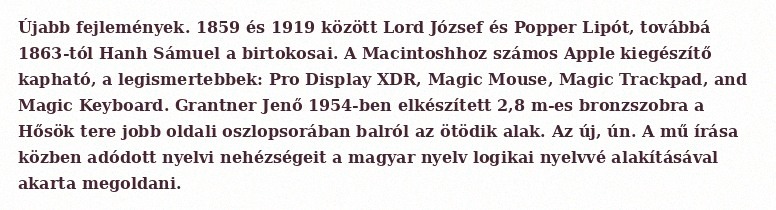
Újabb fejlemények. 1859 és 1919 között Lord József és Popper Lipót, továbbá 1863-tól Hanh Sámuel a birtokosai. A Macintoshhoz számos Apple kiegészítő kapható, a legismertebbek: Pro Display XDR, Magic Mouse, Magic Trackpad, and Magic Keyboard. Grantner Jenő 1954-ben elkészített 2,8 m-es bronzszobra a Hősök tere jobb oldali oszlopsorában balról az ötödik alak. Az új, ún. A mű írása közben adódott nyelvi nehézségeit a magyar nyelv logikai nyelvvé alakításával akarta megoldani.